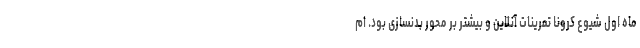
ماه اول شیوع کرونا تمرینات آنلاین و بیشتر بر محور بدنسازی بود. ام